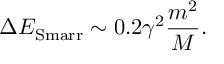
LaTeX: \Delta E _ { \mathrm { S m a r r } } \sim 0 . 2 \gamma ^ { 2 } \frac { m ^ { 2 } } { M } .